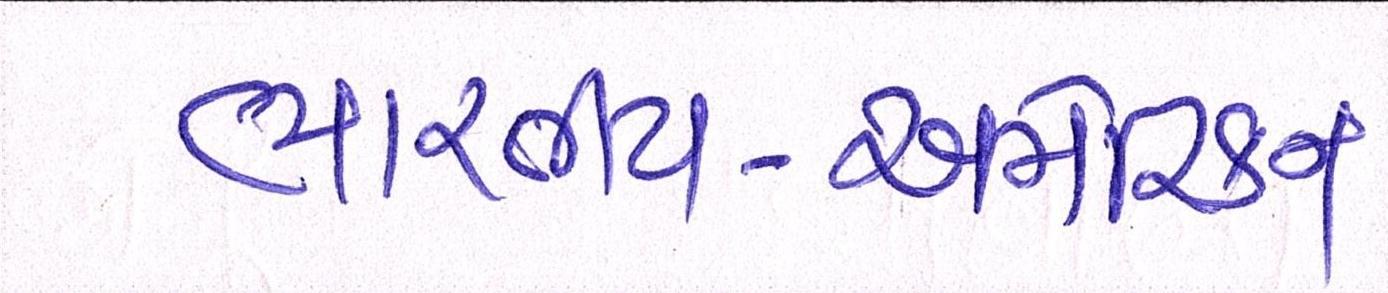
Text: ભારતીય-અમેરિકન